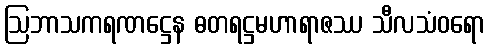
ဩဘာသကရဏဋ္ဌေန ဓတရဋ္ဌမဟာရာဇဿ သီလသံဝရော